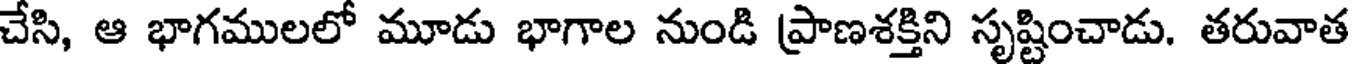
చేసి, ఆ భాగములలో మూడు భాగాల నుండి ప్రాణశక్తిని సృష్టించాడు. తరువాత